Vaccine operations Central Provinces 1868-1885 - 1868-1885
Year: 1868
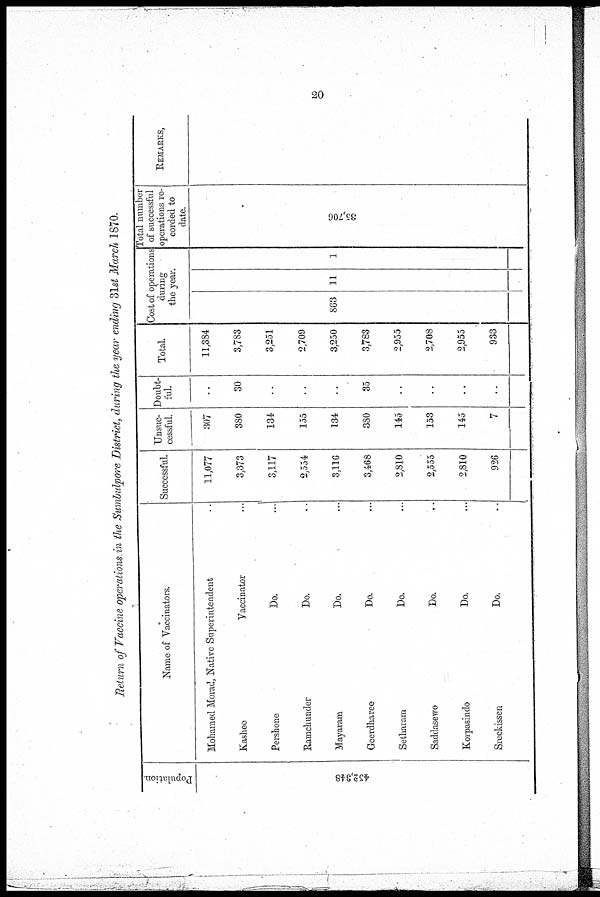
20
Return of Vaccine operations in the Sumbulpore District, during the year ending 31st March 1870.
Population.
452,348
Name of Vaccinators.
Mohamed Morad, Native Superintendent ..
Kashee
Pershone
Ramchunder
Mayaram
Geerdharee
Setharam
Saddasewo
Korpasindo
Sreckissen
Vaccinator ...
Do. ...
Do. ...
Do. ...
Do. ...
Do. ...
Do. ...
Do. ...
Do. ...
Successful.
11,077
3,373
3,117
2,554
3,110
3,468
2,8J0
2,555
2,810
926
Unsuc-
cessful.
307
380
134
155
134
380
145
153
145
7
Doubt-
ful.
..
30
..
..
..
35
..
..
..
..
Total.
11,384
3,783
3,251
2,709
3,250
3,783
2,955
2,708
2,955
933
Cost of operations
during
the year.
863 11 1
Total number
of successful
operations re-
corded to
date.
35,706
REMARKS,